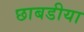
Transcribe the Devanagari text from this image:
छाबडीया